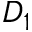
D _ { 1 }